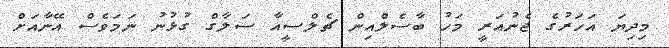
މިދިޔަ އަހަރުގެ ޖެނުއަރީ މަހު ބާސެލްއިން ޗެލްސީއާ ސަލާގް ގުޅުނު ނަމަވެސް އޭނާއަށް